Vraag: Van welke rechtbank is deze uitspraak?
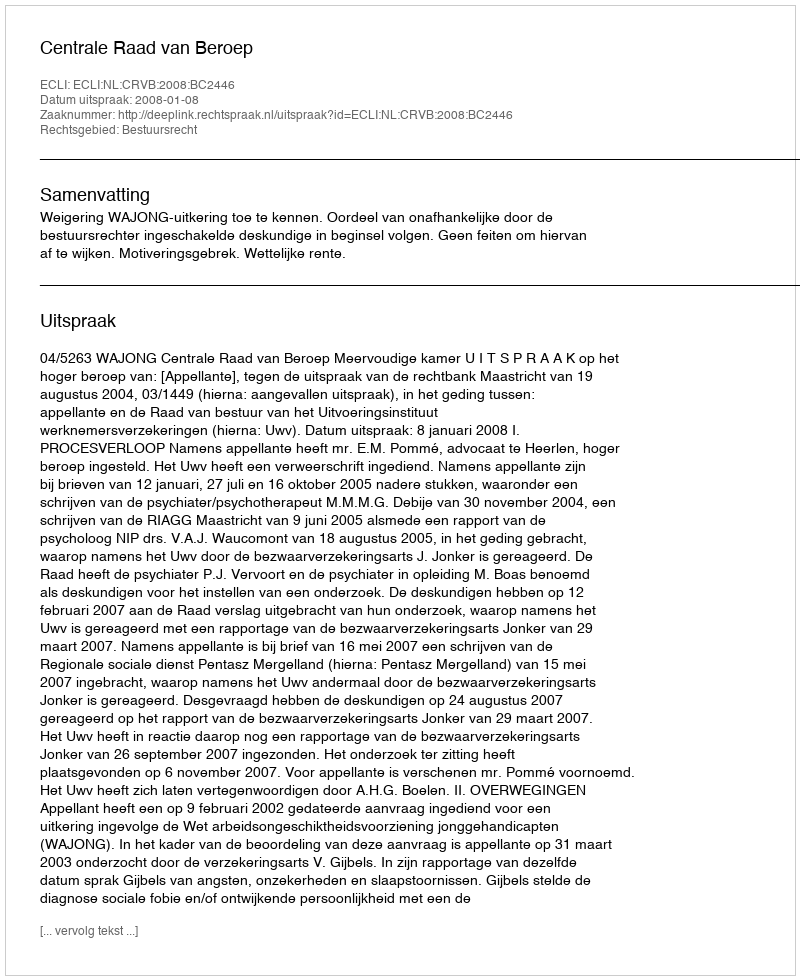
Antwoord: Centrale Raad van Beroep